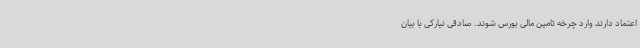
اعتماد دارند وارد چرخه تامین مالی بورس شوند. صادقی نیارکی با بیان